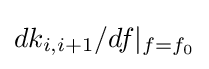
dk_{i,i+1}/df|_{f=f_{0}}